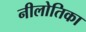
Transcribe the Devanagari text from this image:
नीलोतिका